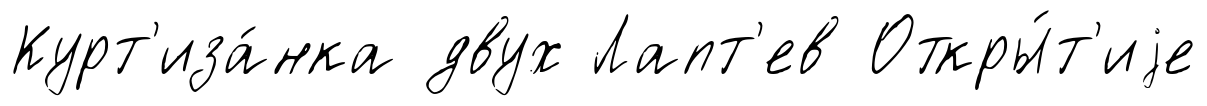
Курт'иза́нка двух Лапт'ев Откры́т'иjе